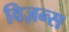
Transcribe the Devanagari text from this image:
विज़न्स